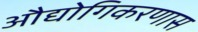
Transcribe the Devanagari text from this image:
औद्योगिकरणास